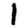
Digit: 1